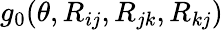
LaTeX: g_{0}(\theta,R_{ij},R_{jk},R_{kj})